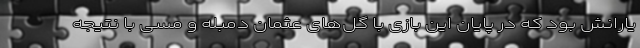
یارانش بود که در پایان این بازی با گل‌های عثمان دمبله و مسی با نتیجه